Civil Veterinary Department Bihar & Orissa reports 1922-29 - 1922-1929
Year: 1922
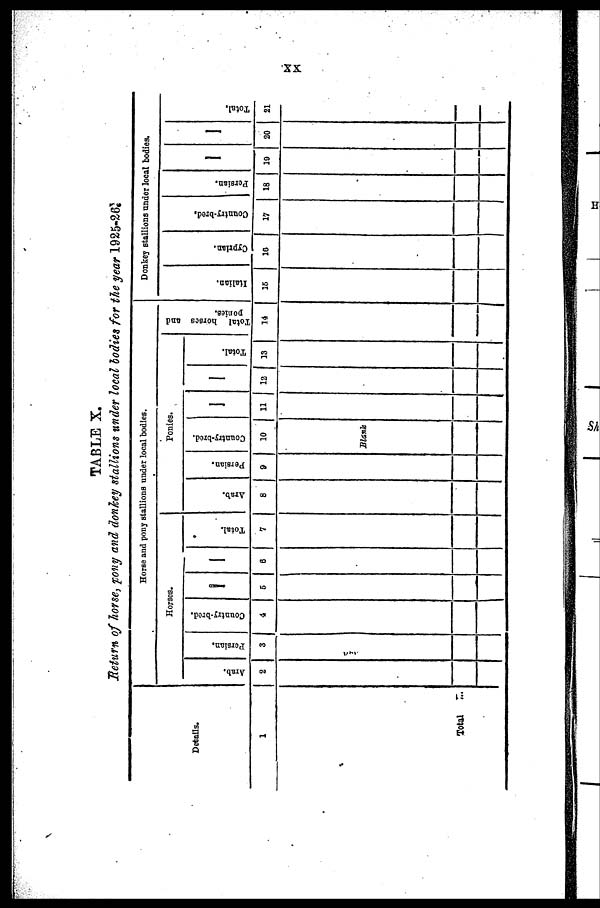
TABLE X.
Return of horse, pony and donkey stallions under local bodies for the year 1925-26.
Details.
1
Total
...
Horse and pony stallions under local bodies.
Horses.
Arab.
2
Persian.
3
Country-bred.
4
––
5
––
6
Total.
7
Ponies.
Arab.
8
Persian.
9
Country-bred.
10
Blank
11
12
Total.
13
Total horses and
ponies.
14
Donkey stallions under local bodies.
Italian.
15
Cyprian.
10
Country-bred,
17
Persian.
18
––
19
––
20
Total.
21